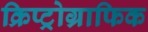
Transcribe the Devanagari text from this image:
क्रिप्ट्रोग्राफिक